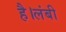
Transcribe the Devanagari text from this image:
है।लंबी